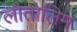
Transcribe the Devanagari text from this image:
लौतोलिम